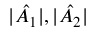
| \hat { A _ { 1 } } | , | \hat { A _ { 2 } } |